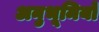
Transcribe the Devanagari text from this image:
अनुभूमियों